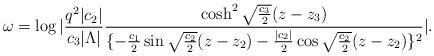
LaTeX: \begin{align*}\omega=\log|{q^2|c_2|\over c_3|\Lambda|}{\cosh^2\sqrt{c_3\over 2}(z-z_3)\over\{-{c_1\over2}\sin\sqrt{c_2\over 2}(z-z_2)-{|c_2|\over2}\cos\sqrt{c_2\over 2}(z-z_2)\}^2}|.\end{align*}